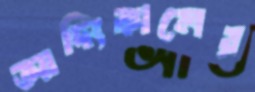
আদ্যিকালের